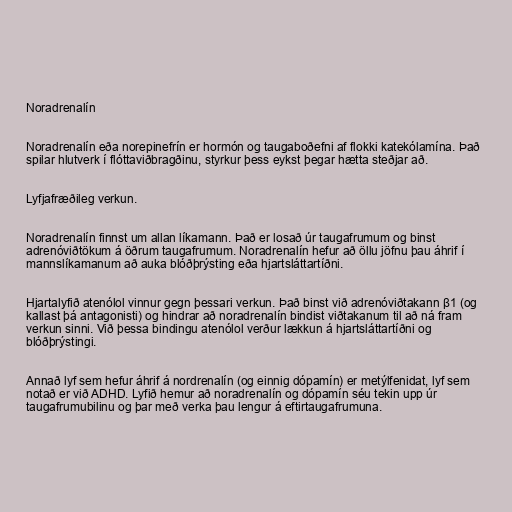
Noradrenalín

Noradrenalín eða norepinefrín er hormón og taugaboðefni af flokki katekólamína. Það
spilar hlutverk í flóttaviðbragðinu, styrkur þess eykst þegar hætta steðjar að.

Lyfjafræðileg verkun.

Noradrenalín finnst um allan líkamann. Það er losað úr taugafrumum og binst
adrenóviðtökum á öðrum taugafrumum. Noradrenalín hefur að öllu jöfnu þau áhrif í
mannslíkamanum að auka blóðþrýsting eða hjartsláttartíðni.

Hjartalyfið atenólol vinnur gegn þessari verkun. Það binst við adrenóviðtakann β1 (og
kallast þá antagonisti) og hindrar að noradrenalín bindist viðtakanum til að ná fram
verkun sinni. Við þessa bindingu atenólol verður lækkun á hjartsláttartíðni og
blóðþrýstingi.

Annað lyf sem hefur áhrif á nordrenalín (og einnig dópamín) er metýlfenidat, lyf sem
notað er við ADHD. Lyfið hemur að noradrenalín og dópamín séu tekin upp úr
taugafrumubilinu og þar með verka þau lengur á eftirtaugafrumuna.